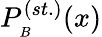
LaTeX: P_{_B}^{(st.)}(x)